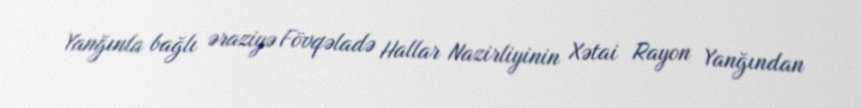
Yanğınla bağlı əraziyə Fövqəladə Hallar Nazirliyinin Xətai Rayon Yanğından